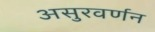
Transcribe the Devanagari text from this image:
असुरवर्णन